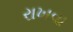
રાખવા